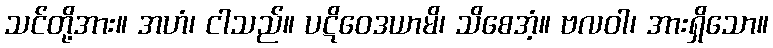
သင်တို့အား။ အဟံ၊ ငါသည်။ ပဋိဝေဒယာမိ၊ သိစေအံ့။ ဗလဝါ၊ အားရှိသော။